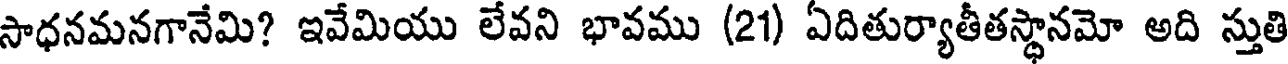
సాధనమనగానేమి? ఇవేమియు లేవని భావము (21) ఏదితుర్యాతీతస్థానమో అది స్తుతి